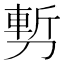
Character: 𭄇